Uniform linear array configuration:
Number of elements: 4
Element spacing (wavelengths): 0.25
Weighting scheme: cosine
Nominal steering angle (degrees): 15
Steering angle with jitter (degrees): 15.932
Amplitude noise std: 0.05
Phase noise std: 0.05

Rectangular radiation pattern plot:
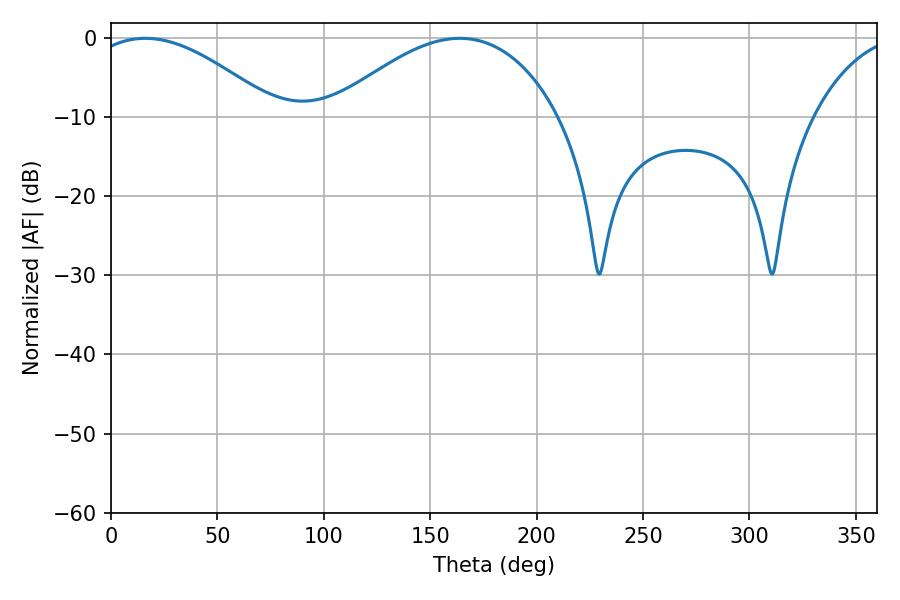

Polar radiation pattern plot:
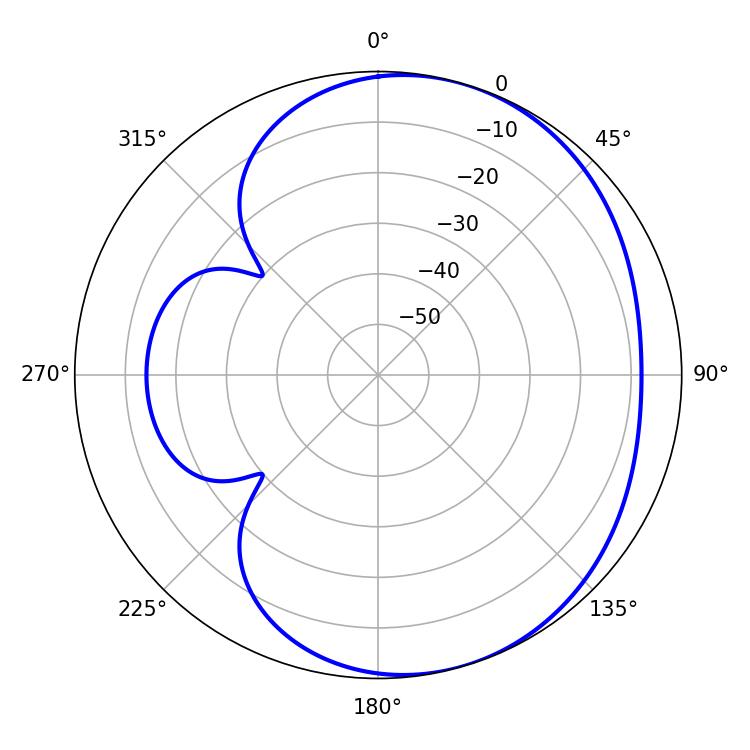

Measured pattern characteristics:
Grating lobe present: FALSE
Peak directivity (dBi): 4.263
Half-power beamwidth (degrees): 48.6
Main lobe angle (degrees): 16.02